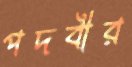
পদবীর